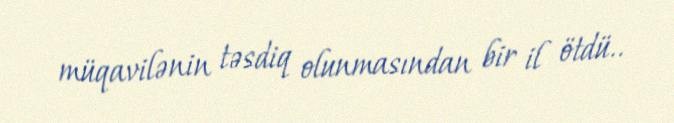
müqavilənin təsdiq olunmasından bir il ötdü..